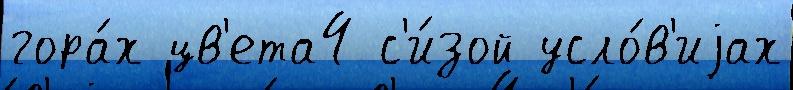
гора́х цв'ета4 с'и́зой усло́в'иjах